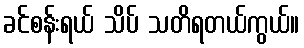
ခင်စန်းရယ် သိပ် သတိရတယ်ကွယ်။